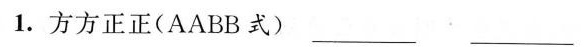
1.方方正正(AABB式)___ ___